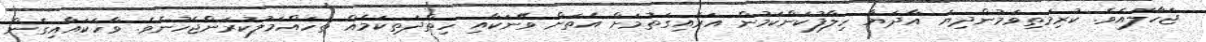
ޖަހާލައެވެ. ކުރިމަތިވަމުންދިޔަ އާދަޔާ ހިލާފުކަންކަމުން އަރައިގަތުމަށް އެތަށް ވޭނަކާއި ހިތްދަތިކަމެއް ތަހައްމަލުކުރަންޖެހުނެވެ. ވާހަކައާއިގެން